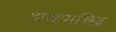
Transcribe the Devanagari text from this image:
श्रवणछिद्र